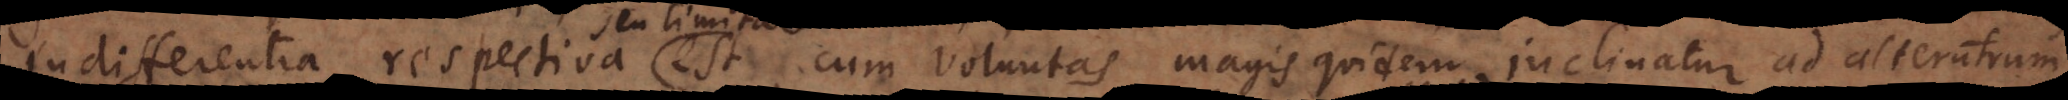
Indifferentia respectiva est, cum voluntas magis quidem inclinatur ad alterutrum